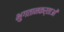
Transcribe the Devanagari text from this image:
भुगतानकर्ताओं